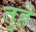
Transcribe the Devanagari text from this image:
तुहे